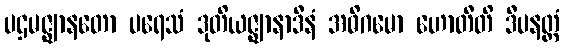
ပဌမဇ္ဈာနတော ပရေသံ ဒုတိယဇ္ဈာနာဒီနံ အဓိဂမော ဟောတီတိ ဒီပနတ္ထံ